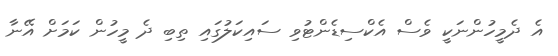
އެ ދެމީހުންނަކީ ވެސް އެކްސިޑެންޓުވި ސައިކަލުގައި ތިބި ދެ މީހުން ކަމަށް އޭނާ